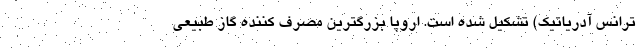
ترانس آدریاتیک) تشکیل شده است. اروپا بزرگترین مصرف کننده گاز طبیعی